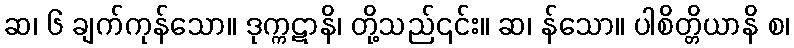
ဆ၊ ၆ ချက်ကုန်သော။ ဒုက္ကဋာနိ၊ တို့သည်၎င်း။ ဆ၊ န်သော။ ပါစိတ္တိယာနိ စ၊